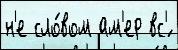
н'е сло́вом ам'ер вс'́